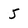
Character: 5